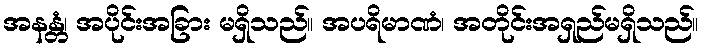
အနန္တံ၊ အပိုင်းအခြား မရှိသည်။ အပရိမာဏံ၊ အတိုင်းအရှည်မရှိသည်။